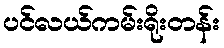
ပင်လယ်ကမ်းရိုးတန်း